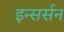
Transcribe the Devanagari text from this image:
इन्सर्सन